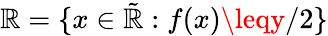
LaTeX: \mathbb{R}=\{ x\in\tilde{{\mathbb{R}}}:f(x)\leqy/2\}